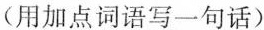
(用加点词语写一句话)